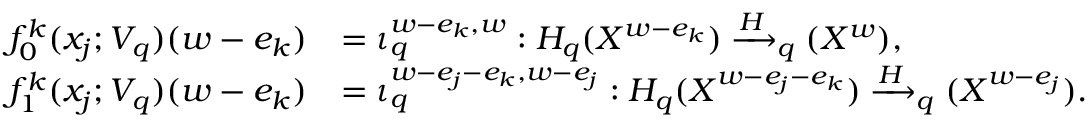
\begin{array} { r l } { f _ { 0 } ^ { k } ( x _ { j } ; V _ { q } ) ( w - e _ { k } ) } & { = \iota _ { q } ^ { w - e _ { k } , w } : H _ { q } ( X ^ { w - e _ { k } } ) \xrightarrow H _ { q } ( X ^ { w } ) , } \\ { f _ { 1 } ^ { k } ( x _ { j } ; V _ { q } ) ( w - e _ { k } ) } & { = \iota _ { q } ^ { w - e _ { j } - e _ { k } , w - e _ { j } } : H _ { q } ( X ^ { w - e _ { j } - e _ { k } } ) \xrightarrow H _ { q } ( X ^ { w - e _ { j } } ) . } \end{array}